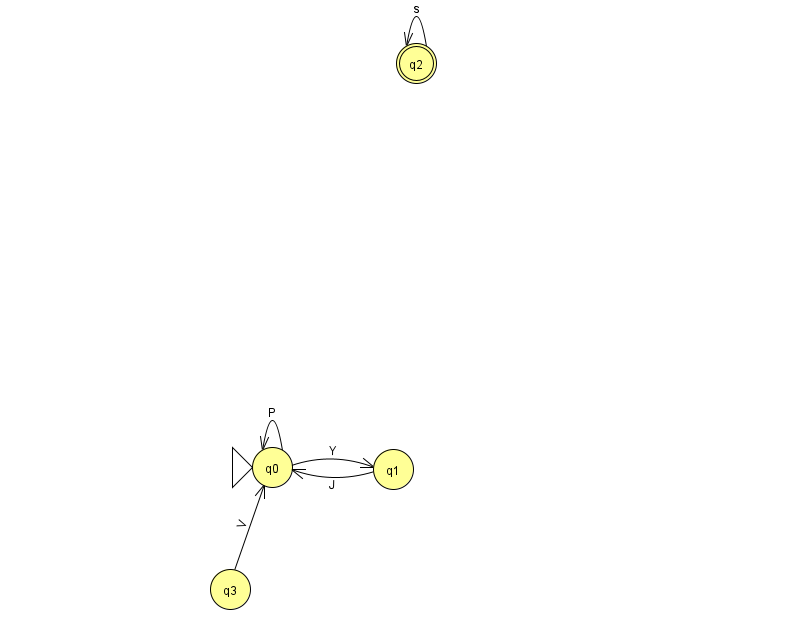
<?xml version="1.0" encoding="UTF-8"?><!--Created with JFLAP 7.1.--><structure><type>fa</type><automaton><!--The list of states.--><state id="0" name="q0"><x>272.0</x><y>454.0</y><initial/></state><state id="1" name="q1"><x>393.0</x><y>456.0</y></state><state id="2" name="q2"><x>416.0</x><y>50.0</y><final/></state><state id="3" name="q3"><x>230.0</x><y>576.0</y></state><!--The list of transitions.--><transition><from>0</from><to>0</to><read>P</read></transition><transition><from>1</from><to>0</to><read>J</read></transition><transition><from>0</from><to>1</to><read>Y</read></transition><transition><from>2</from><to>2</to><read>s</read></transition><transition><from>3</from><to>0</to><read>V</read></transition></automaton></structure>